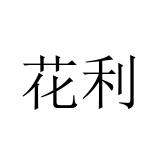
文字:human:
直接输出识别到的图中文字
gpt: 花利